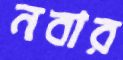
নবার